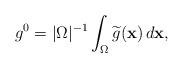
LaTeX: \begin{align*}g^0=\vert \Omega \vert ^{-1}\int _{\Omega} \widetilde{g}(\mathbf{x})\,d\mathbf{x},\end{align*}